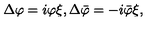
\Delta \varphi = i \varphi \xi , \Delta \bar { \varphi } = - i \bar { \varphi } \xi ,